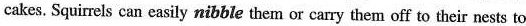
cakes. Squirels can easily nibble them or carry them off to their nests to